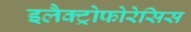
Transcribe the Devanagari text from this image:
इलैक्ट्रोफोरेसिस